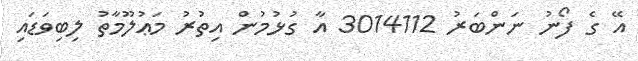
އޭ ގެ ފޯނު ނަންބަރު 3014112 އާ ގުޅުމުން އިތުރު މަޢުލޫމާތު ލިބިވަޑައި